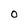
Character: 0